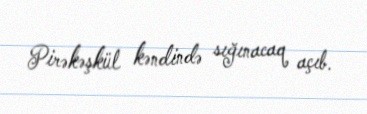
Pirəkəşkül kəndində sığınacaq açıb.